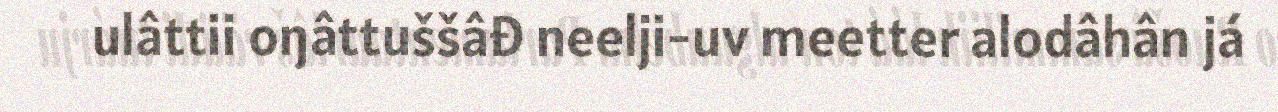
ulâttii oŋâttuššâđ neelji-uv meetter alodâhân já